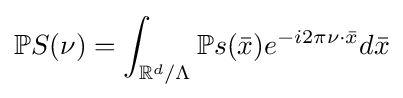
\mathbb {P} S(\nu )=\int _{\mathbb {R} ^{d}/\Lambda }\mathbb {P} s({\bar {x}})e^{-i2\pi \nu \cdot {\bar {x}}}d{\bar {x}}